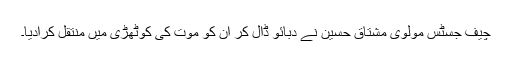
چیف جسٹس مولوی مشتاق حسین نے دبائو ڈال کر ان کو موت کی کوٹھڑی میں منتقل کرادیا۔